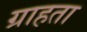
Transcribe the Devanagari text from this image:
ग्राहता